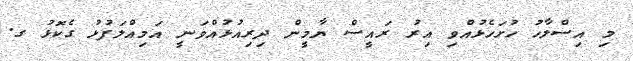
މި އިސްލާހު ހުށަހެޅުއްވި އިރު ރައީސް ޔާމީން ދިރިއުޅުއްވަނީ އަމިއްލަފުޅު ގެކޮޅު ގ.